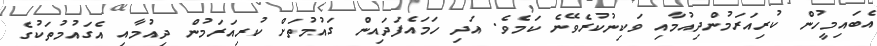
އެބައިމީހުން ކުރިއަރަމުންދިއުމާއި ވަކިނުކުރެވޭނެ ކަމެވެ. އަދި ހަމައެފަދައިން ގައުމުތަށް ކުރިއަރަމުން ދިއުމާއި އެގައުމުތަކުގެ